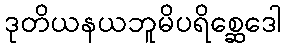
ဒုတိယနယဘူမိပရိစ္ဆေဒေါ